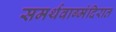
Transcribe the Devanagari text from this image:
समर्थवाग्मंदिरात